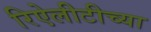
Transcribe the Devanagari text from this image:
रिऐलीटीच्या